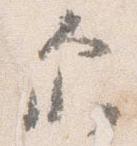
示